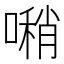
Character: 𠿀